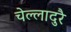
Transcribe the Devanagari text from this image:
चेल्लादुरै